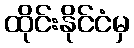
ထိုင်းနိုင်ငံမှ